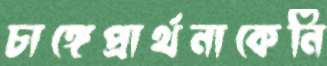
চাঙ্গেপ্রার্থনাকেনি